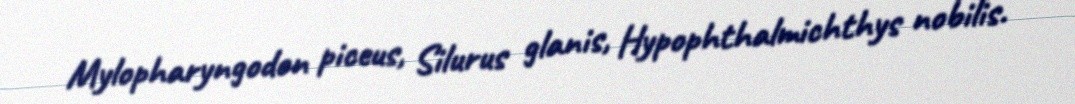
Mylopharyngodon piceus, Silurus glanis, Hypophthalmichthys nobilis.